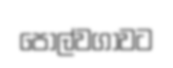
පොල්වගාවට